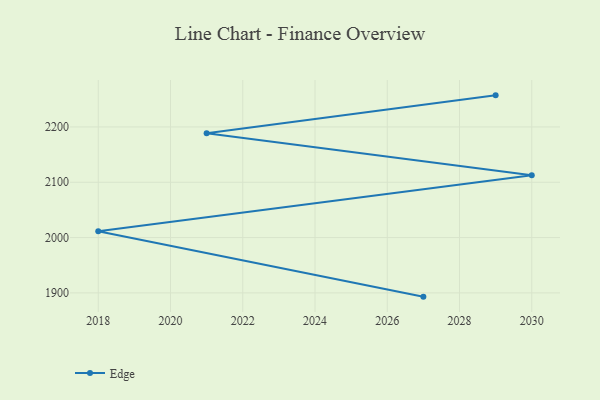
{"axis": {"x": "Year", "y": "Budget (USD K)"}, "legend": ["Edge"], "data": [{"x": "2029", "y": 2257.1, "type": "Edge"}, {"x": "2021", "y": 2188.7, "type": "Edge"}, {"x": "2030", "y": 2112.5, "type": "Edge"}, {"x": "2018", "y": 2011.5, "type": "Edge"}, {"x": "2027", "y": 1893.2, "type": "Edge"}]}